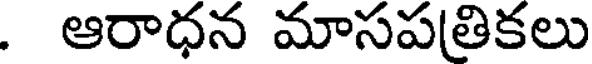
. ఆరాధన మాసపతికలు